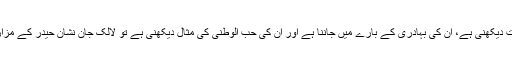
لیکن ان کی غیرت دیکھنی ہے، ان کی بہادری کے بارے میں جاننا ہے اور ان کی حب الوطنی کی مثال دیکھنی ہے تو لالک جان نشانِ حیدر کے مزار پہ حاضری دو۔